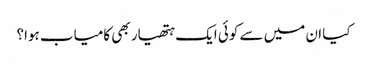
کیا ان میں سے کوئی ایک ہتھیار بھی کامیاب ہوا؟